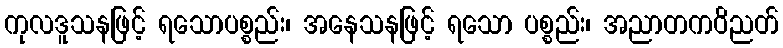
ကုလဒူသနဖြင့် ရသောပစ္စည်း၊ အနေသနဖြင့် ရသော ပစ္စည်း၊ အညာတကဝိညတ်